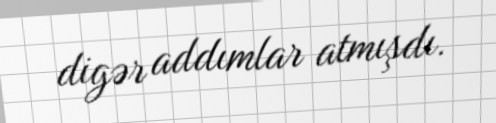
digər addımlar atmışdı.